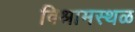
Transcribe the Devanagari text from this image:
विश्रामस्थळ